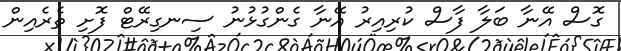
ގޮސް އޭނާ ބަލާ ފާސް ކުރިއިރު އޭނާ ގެންގުޅުނު ސިނގިރޭޓް ފޮށި ތެރެއިން